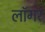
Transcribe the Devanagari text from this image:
लॉगर